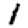
Digit: 1